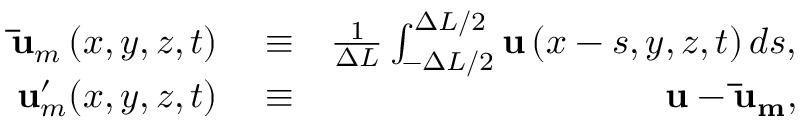
\begin{array} { r l r } { \mathbf { \bar { u } } _ { m } \left( x , y , z , t \right) } & { { } \equiv } & { \frac { 1 } { \Delta L } \int _ { - \Delta L / 2 } ^ { \Delta L / 2 } { \mathbf { u } \left( x - s , y , z , t \right) d s } , } \\ { \mathbf { u } _ { m } ^ { \prime } ( x , y , z , t ) } & { { } \equiv } & { \mathbf { u } - \mathbf { \bar { u } _ { m } } , } \end{array}